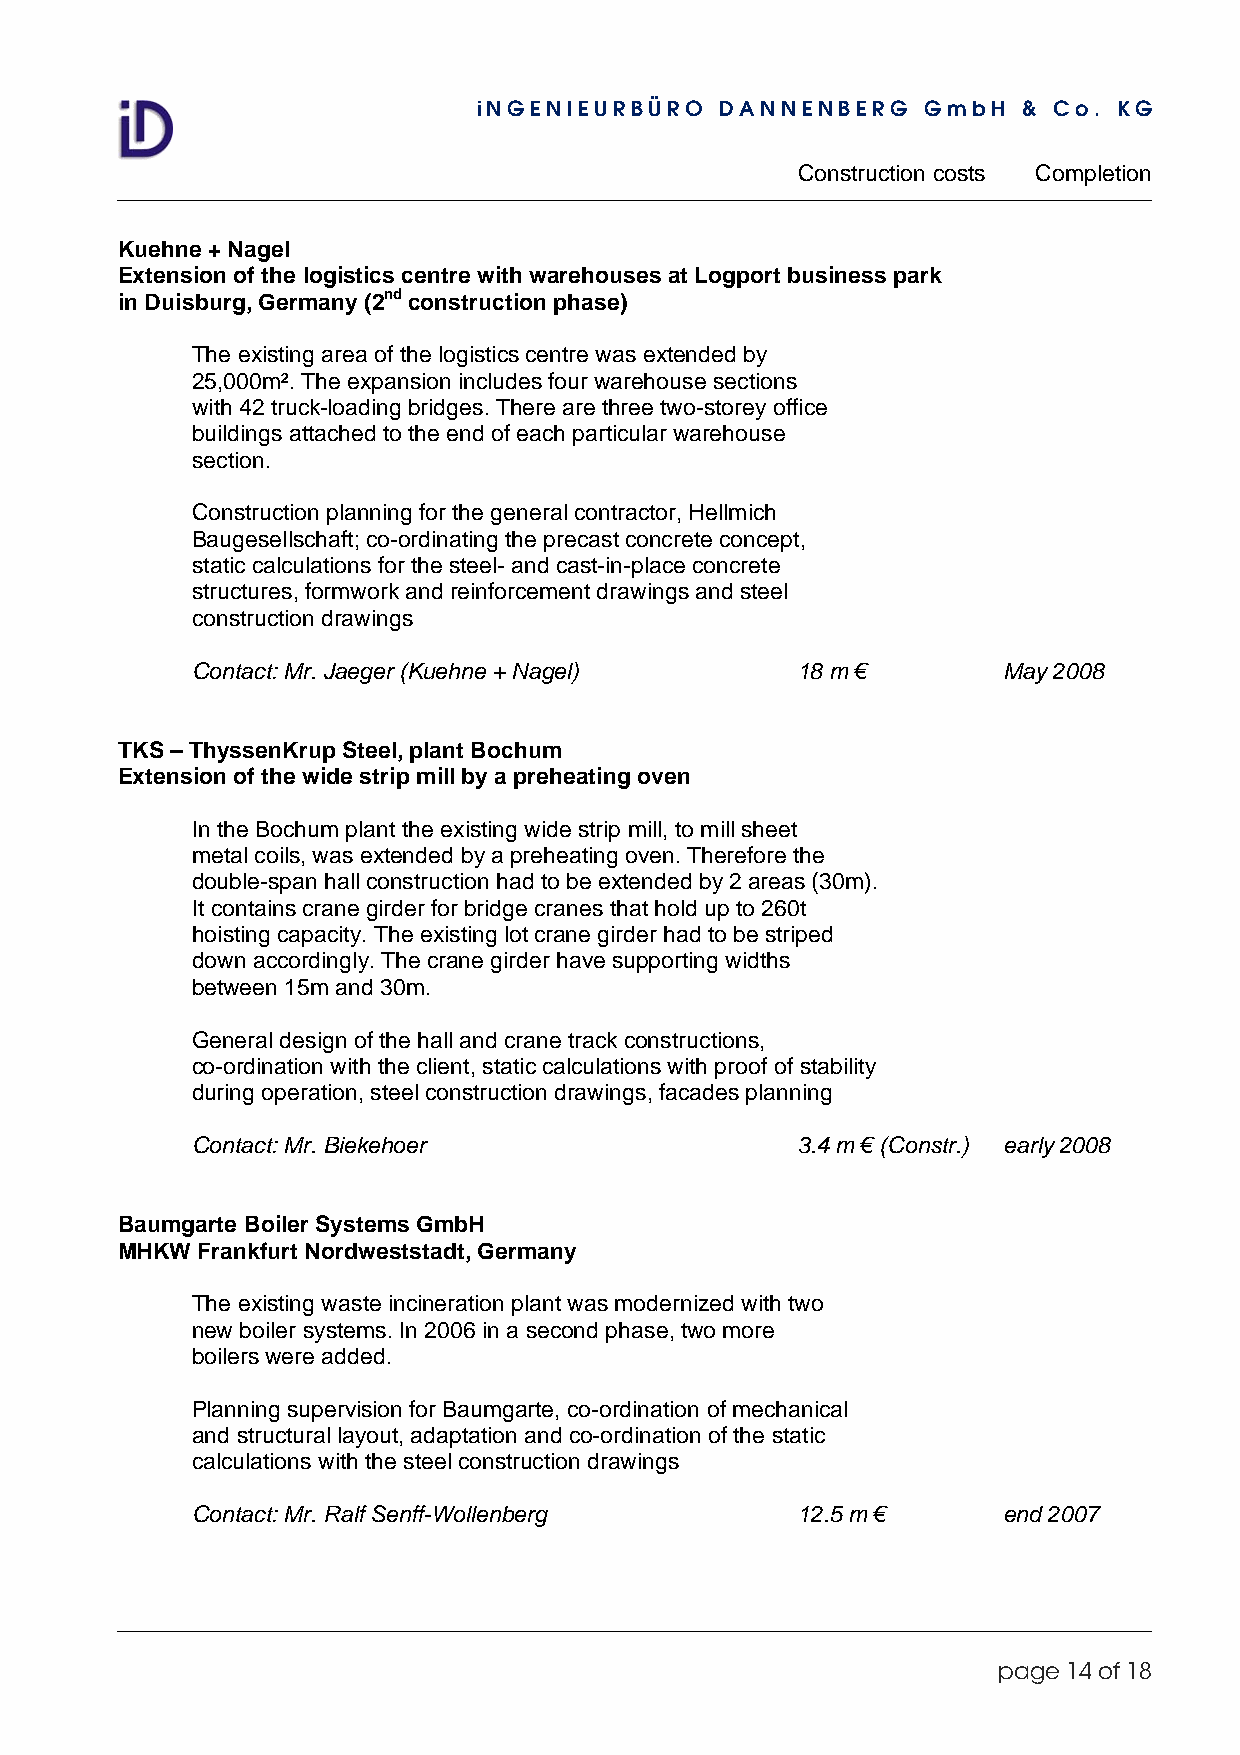
iNGENIEURBÜRO   DANNENBERG   GmbH   & Co. KG
 Construction costs Completion
 Kuehne + Nagel
 Extension of the logistics centre with warehouses at Logport business park
 in Duisburg, Germany (2nd construction phase)
 The existing area of the logistics centre was extended by
 25,000m². The expansion includes four warehouse sections
 with 42 truck-loading bridges. There are three two-storey office
 buildings attached to the end of each particular warehouse
 section.
 Construction planning for the general contractor, Hellmich
 Baugesellschaft; co-ordinating the precast concrete concept,
 static calculations for the steel- and cast-in-place concrete
 structures, formwork and reinforcement drawings and steel
 construction drawings
 Contact: Mr. Jaeger (Kuehne + Nagel)    18 m €       May 2008
 TKS – ThyssenKrup Steel, plant Bochum
 Extension of the wide strip mill by a preheating oven
 In the Bochum plant the existing wide strip mill, to mill sheet
 metal coils, was extended by a preheating oven. Therefore the
 double-span hall construction had to be extended by 2 areas (30m).
 It contains crane girder for bridge cranes that hold up to 260t
 hoisting capacity. The existing lot crane girder had to be striped
 down accordingly. The crane girder have supporting widths
 between 15m and 30m.
 General design of the hall and crane track constructions,
 co-ordination with the client, static calculations with proof of stability
 during operation, steel construction drawings, facades planning
 Contact: Mr. Biekehoer                  3.4 m € (Constr.) early 2008
 Baumgarte Boiler Systems GmbH
 MHKW Frankfurt Nordweststadt, Germany
 The existing waste incineration plant was modernized with two
 new boiler systems. In 2006 in a second phase, two more
 boilers were added.
 Planning supervision for Baumgarte, co-ordination of mechanical
 and structural layout, adaptation and co-ordination of the static
 calculations with the steel construction drawings
 Contact: Mr. Ralf Senff-Wollenberg      12.5 m €     end 2007
 page 14 of 18